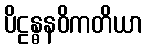
ပိဠန္ဓနဝိကတိယာ